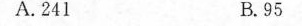
A.241 B.95